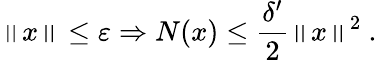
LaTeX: \left\| x\right\| \le\varepsilon\Rightarrow N(x)\le\frac{\delta^{\prime}}{2}\left\| x\right\| ^{2}\ .